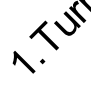
1. T u